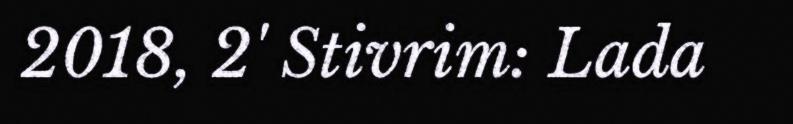
2018, 2' Stivrim: Lada